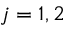
j = 1 , 2